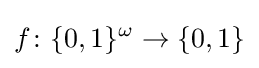
f\colon \{0,1\}^{\omega }\to \{0,1\}